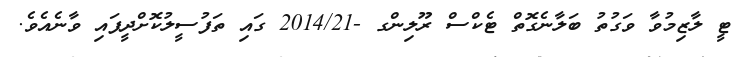
ޓީ ލާޒިމުވާ ވަގުތު ބަލާނެގޮތް ޓެކްސް ރޫލިންގ -2014/21 ގައި ތަފުސީލުކޮށްދީފައި ވާނެއެވެ.